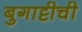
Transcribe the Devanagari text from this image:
बुगाट्टीची